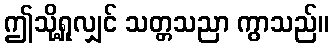
ဤသို့ရှုလျှင် သတ္တသညာ ကွာသည်။